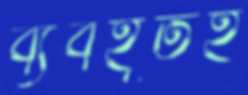
ব্যবহূতই